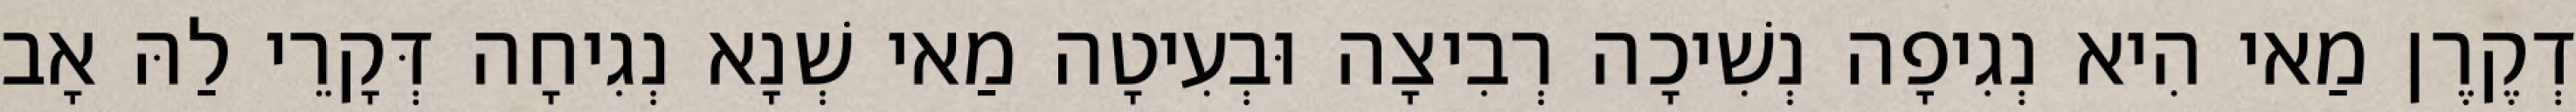
דְקֶרֶן מַאי הִיא נְגִיפָה נְשִׁיכָה רְבִיצָה וּבְעִיטָה מַאי שְׁנָא נְגִיחָה דְּקָרֵי לַהּ אָב